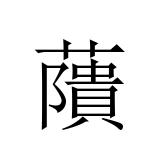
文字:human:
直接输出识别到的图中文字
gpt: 藬